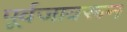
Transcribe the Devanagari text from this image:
पूर्वजावरून